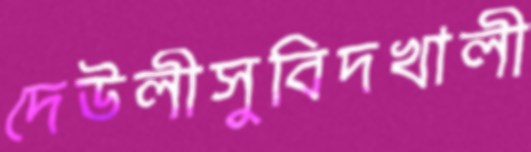
দেউলীসুবিদখালী